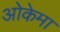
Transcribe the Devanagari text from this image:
ओकेमा